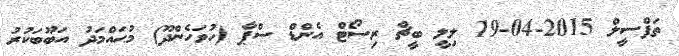
ތަފްސީލް 2015-04-19 ލިލީ ބީޗް ރިސޯޓް އެންޑް ސްޕާ (ހުވަހެންދޫ) މުޙައްމަދު އަބޫބަކުރު